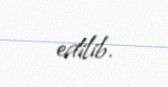
edilib.